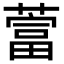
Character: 䔰